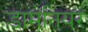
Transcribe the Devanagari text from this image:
डामेनियर